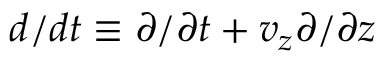
d / d t \equiv \partial / \partial t + v _ { z } \partial / \partial z